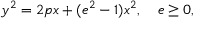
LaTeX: y ^ { 2 } = 2 p x + ( e ^ { 2 } - 1 ) x ^ { 2 } , \quad e \geq 0 ,